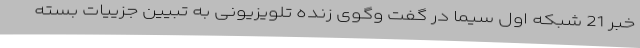
خبر 21 شبکه اول سیما در گفت وگوی زنده تلویزیونی به تبیین جزییات بسته